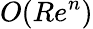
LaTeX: O(Re^{n})